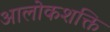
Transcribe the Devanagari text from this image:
आलोकशक्ति